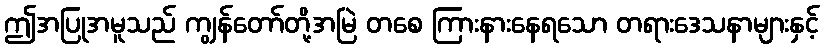
ဤအပြုအမူသည် ကျွန်တော်တို့အမြဲ တစေ ကြားနားနေရသော တရားဒေသနာများနှင့်